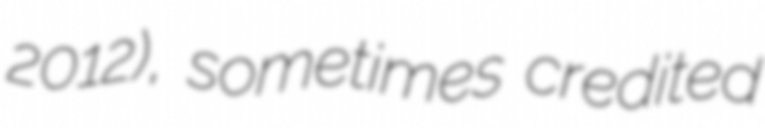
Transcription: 2012), sometimes credited